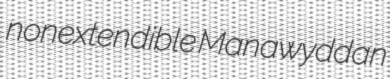
nonextendible Manawyddan